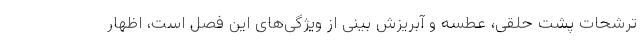
ترشحات پشت حلقی، عطسه و آبریزش بینی از ویژگی‌های این فصل است، اظهار